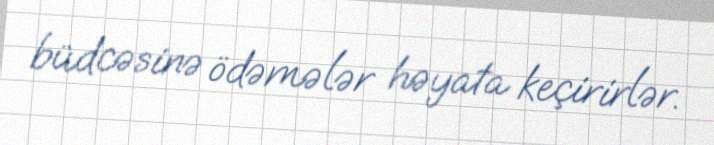
büdcəsinə ödəmələr həyata keçirirlər.